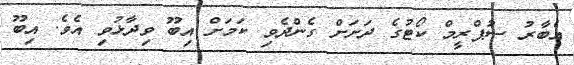
އެބާރު ސުޕްރީމް ކޯޓުގެ ދަށަށް ގެންދެވި ކަމަށް އިބޫ ވިދާޅުވި އެވެ. އިބޫ